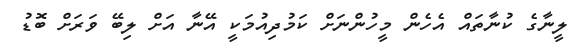
ލީނާގެ ކުނާތައް އެހެން މީހުންނަށް ކަމުދިއުމަކީ އޭނާ އަށް ލިބޭ ވަރަށް ބޮޑު